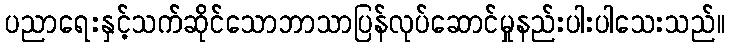
ပညာရေးနှင့်သက်ဆိုင်သောဘာသာပြန်လုပ်ဆောင်မှုနည်းပါးပါသေးသည်။